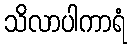
သိလာပါကာရံ